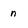
Character: n